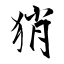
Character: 𤞚